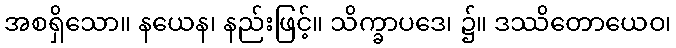
အစရှိသော။ နယေန၊ နည်းဖြင့်။ သိက္ခာပဒေ၊ ၌။ ဒဿိတောယေဝ၊